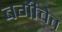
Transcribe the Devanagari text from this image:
बगीचेत